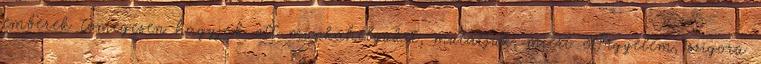
emberek tömegesen hagyják ott munkahelyüket, mutatjuk, miért 8Figyelem, szigorú